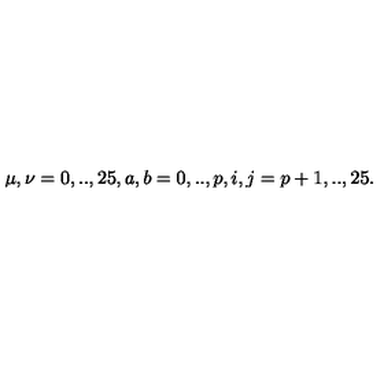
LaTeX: \mu , \nu = 0 , . . , 2 5 , a , b = 0 , . . , p , i , j = p + 1 , . . , 2 5 .